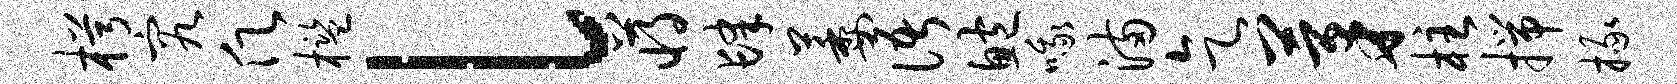
枵究愿槛l蒋肆萎语鲍哦满乞茅柱揣掾